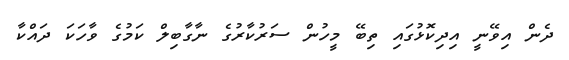
ދެން އިވޭނީ އިދިކޮޅުގައި ތިބޭ މީހުން ސަރުކާރުގެ ނާގާބިލް ކަމުގެ ވާހަކަ ދައްކާ